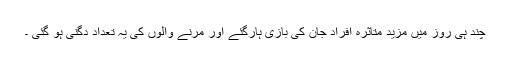
چند ہی روز میں مزید متاثرہ افراد جان کی بازی ہارگئے اور مرنے والوں کی یہ تعداد دگنی ہو گئی ۔